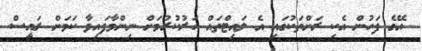
އޭގެ ފަހުން އެކި ރަށްތަކުގައި އެ ލައިޓްތައް ހަރުކުރުމަށް ނިންމާފައިވާ ކަމަށް ރައީސް